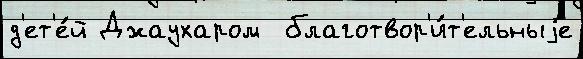
д'ет'е́й Джаухаром  благотвор'и́т'ельныjе